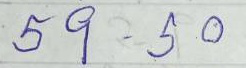
59 - 50